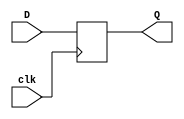
//positive edge triggered D-flip flop using behavioral model
module dff(D,clk,Q);

input D,clk;
output Q;
reg Q;

always @(posedge clk)
begin
    Q=D;
end
endmodule

module dff_tb;

reg D,clk;
wire Q;

dff i1(D,clk,Q);

initial
begin
    D=1'b0;
    clk=1'b0;
    $monitor("Time:%f,D=%b,clk=%b,Q=%b",$time,D,clk,Q);
    #5 D=1'b1;clk=1'b1;
    #5 D=1'b0;clk=1'b0;
    #5 D=1'b0;clk=1'b1;
    #5 D=1'b1;clk=1'b1;
end
endmodule